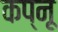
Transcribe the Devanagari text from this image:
कप्नू